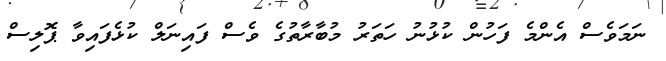
ނަމަވެސް އެންމެ ފަހުން ކުޅުނު ހަތަރު މުބާރާތުގެ ވެސް ފައިނަލް ކުޅެފައިވާ ޕޮލިސް